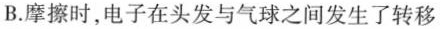
B.摩擦时，电子在头发与气球之间发生了转移